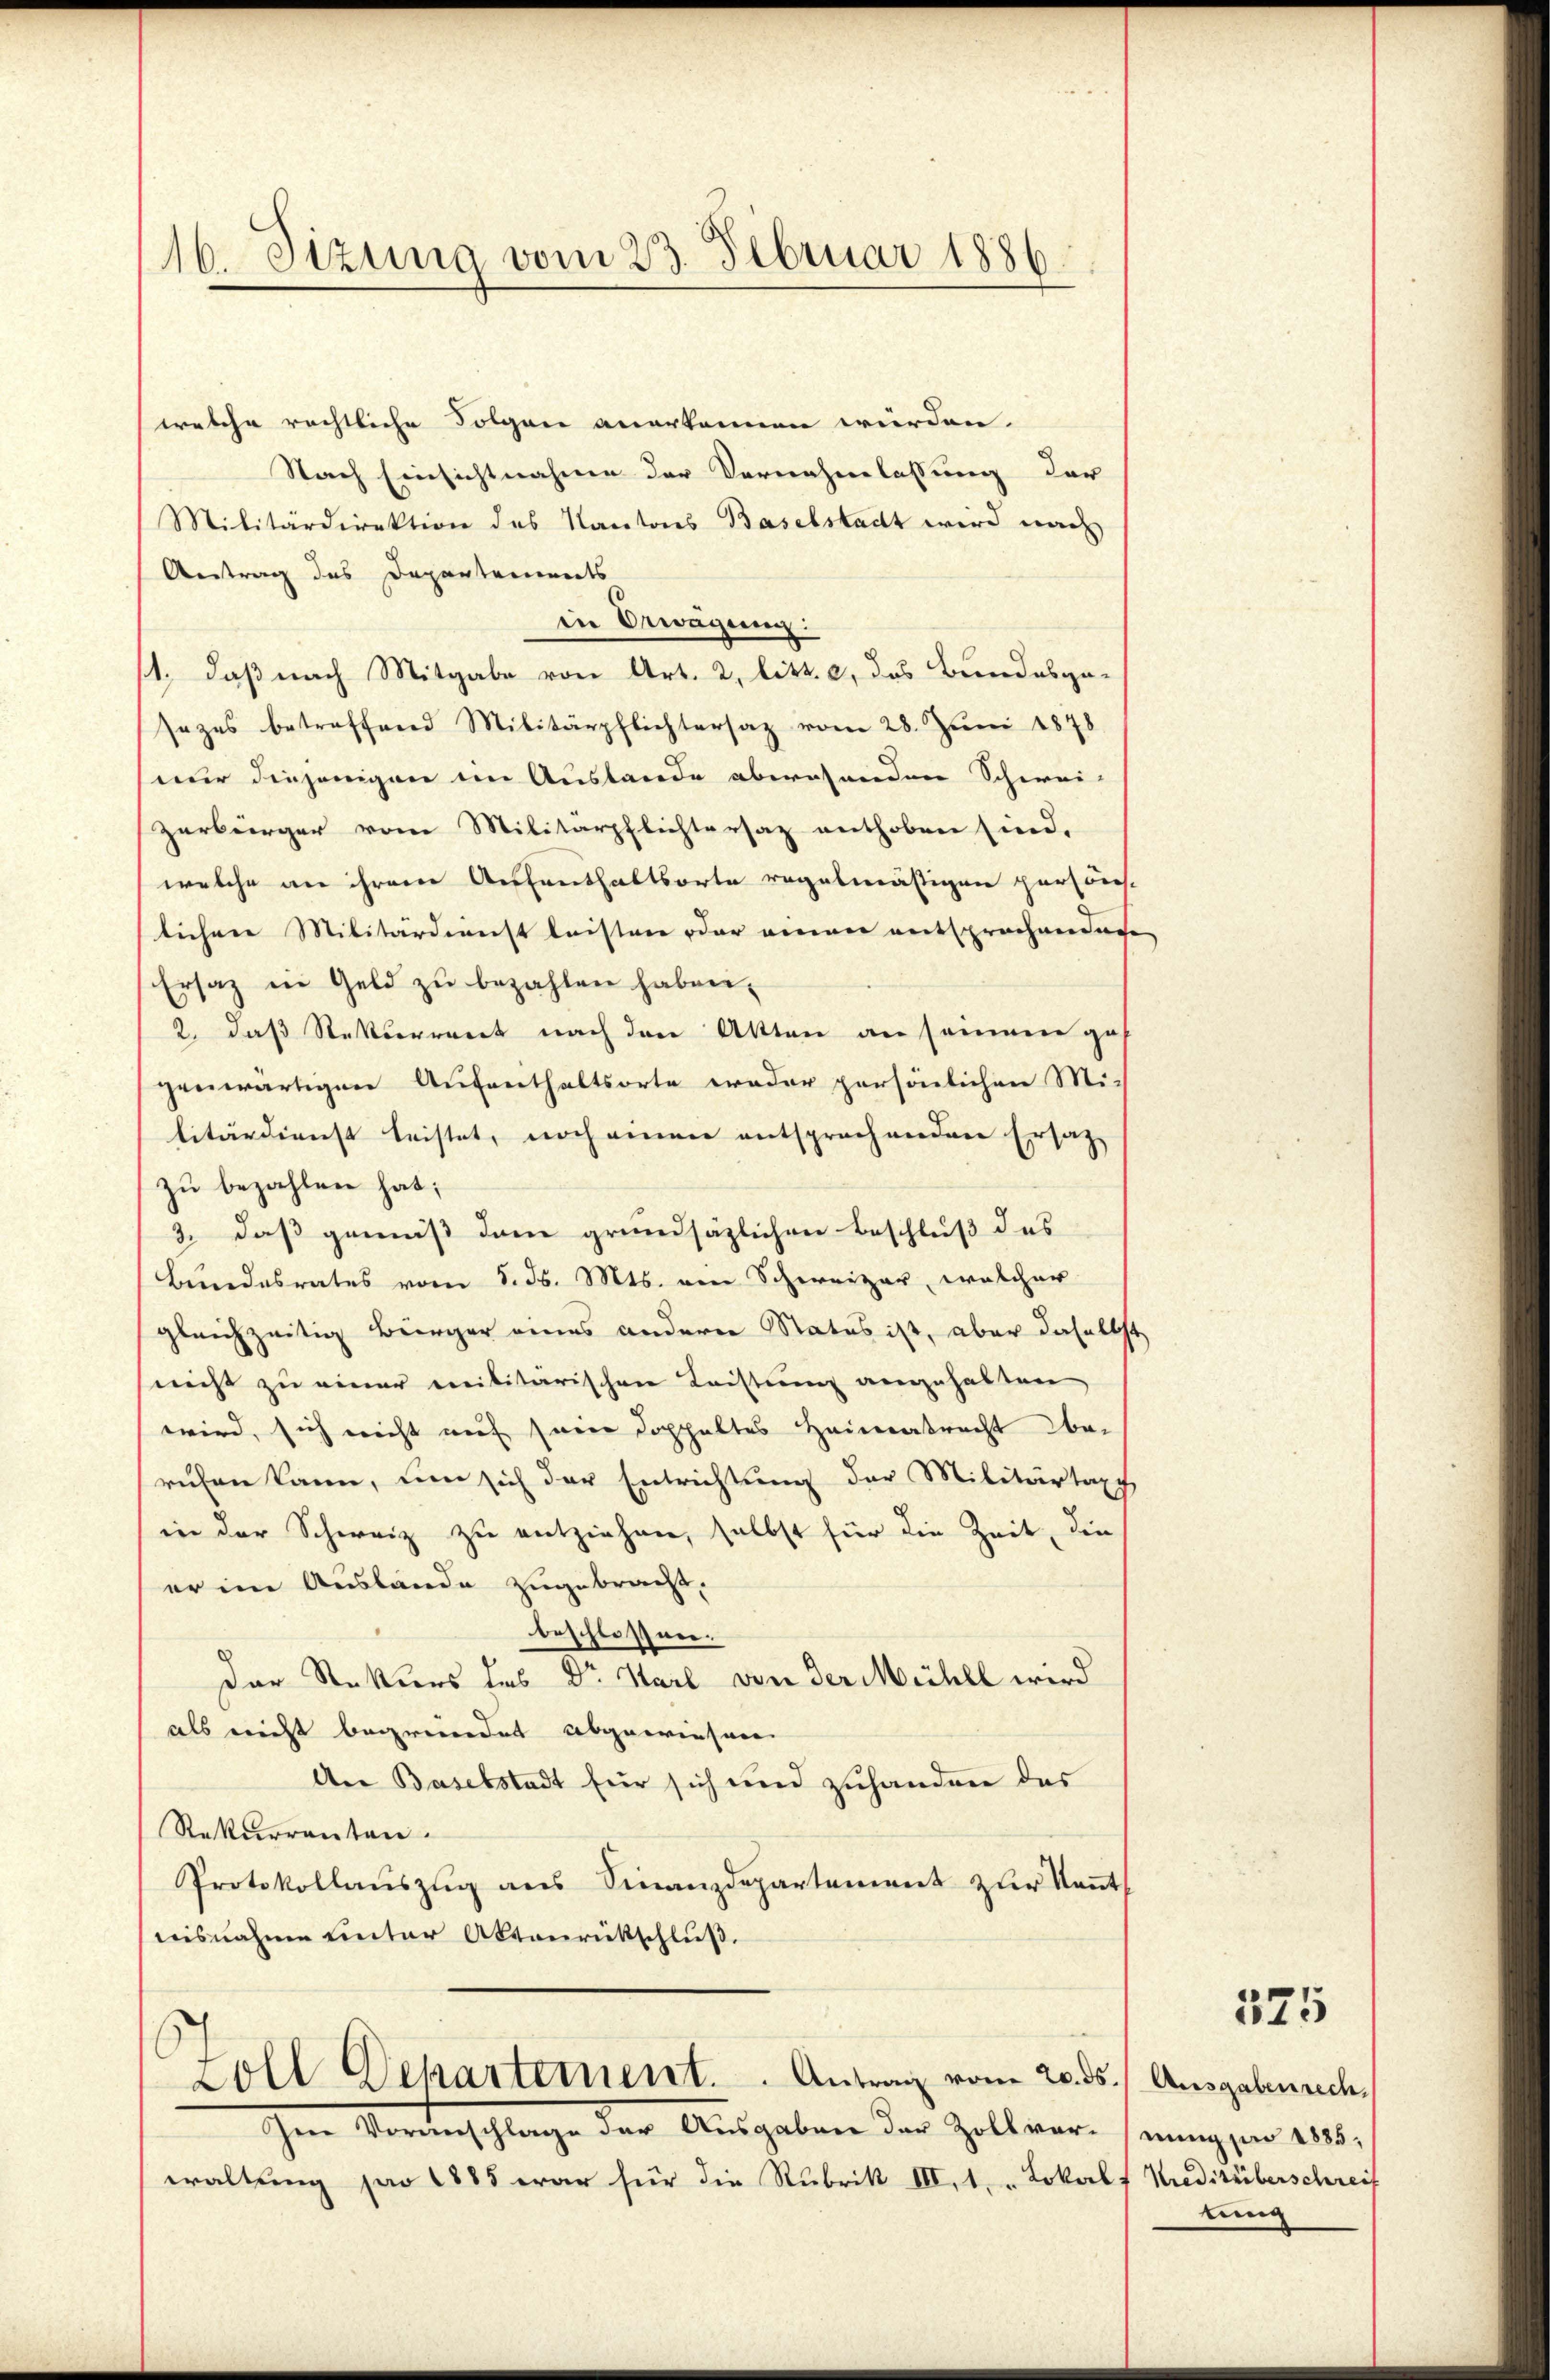
116. Sizung vom 23. Februar 1886

welche rechtliche Folgen anerkennen würden.
Nach Einsichtnahme der Vernehmlassung der
Militärdirektion des Kantons Baselstadt wird nach
Antrag des Departements
in Erwägung:
11., daß nach Mitgabe von Art. 2, litt. c, das Bundesge-
sezes betreffend Militärpflichtersaz vom 28. Juni 1878
nur diejenigen im Auslande abwesenden Schwei-
zerbürger vom Militärpflichtersaz enthoben sind.
welche an ihrem Aussanthaltsorte regelmäßigen persön
tührer Militärdienst leisten oder einen entsprochenden
Ersatz in Geld zu bezahlen haben.
2. daß Rekurrent nach den Akten an seinen gegenwärtigen Aufenthaltsorte weder persönlichen Mi-
litärdienst leistet, noch einen entsprochenden Ersatz
zu bezahlen hat;
3. daß gemäß dem grundsäzlichen Beschluß des
Bundesrates vom 5. ds. Mts. am Schweizer, welcher
gleichzeitig Bürger eines anderer Status ist, aber daselbs
(nicht zu einer militärischen Leistung angehalten,
wird, sich nicht auf seine Doppeltes Heimatrecht beruhen kann, um sich der Entrichtung der Militärtax
in der Schweiz zu entziehen, selbst für die Zeit, die
er im Auslande zugebracht,
beschlossen.
Der Rektors des Dr. Karl von der Michel wird
als nicht begründet abgewiesene
Aer Baselstadt für sich und zuhanden das
Rekurrenten.
Protokollauszug aus Finanzdepartement zur Kennt
nisnahme unter Aktenrückschluß.
Soll Dekartement. Antrag vom 20. ds. (Ausgabenrech
Ien Vereinschlage der Ausgaben der Zollverwaltung pro 1885 war für die Rubrik III.1. " Lokals Kreditüberschreif

¬

225

nung par 1885,
tung